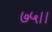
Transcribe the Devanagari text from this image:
७५।।